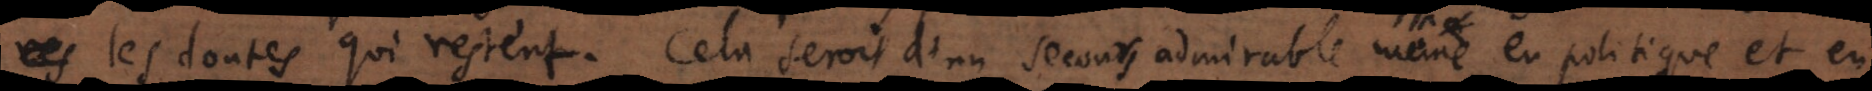
res les doutes qui restent. Cela seroit d’un secours admirable même en politiq